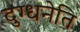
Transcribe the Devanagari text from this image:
दुग्धनेति